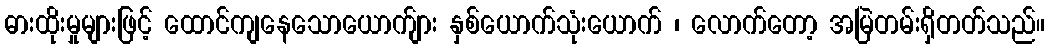
ဓားထိုးမှုများဖြင့် ထောင်ကျနေသောယောက်ျား နှစ်ယောက်သုံးယောက် ၊ လောက်တော့ အမြဲတမ်းရှိတတ်သည်။